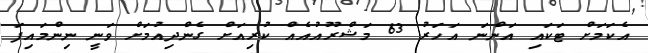
އެކަމަށް ޓަކައި އަންނަ އަހަރު 63 މަޝްރޫއުއެއް ކުރިއަށް ގެންދިއުމަށް ވަނީ ނިންމައިފަ